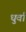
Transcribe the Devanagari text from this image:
धुर्वा